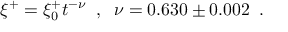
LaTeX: \xi ^ { + } = \xi _ { 0 } ^ { + } t ^ { - \nu } \; \; , \; \; \nu = 0 . 6 3 0 \pm 0 . 0 0 2 \; \; .